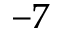
^ { - 7 }